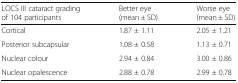
<table><thead><tr><td><b>LOCS III cataract grading of 104 participants</b></td><td><b>Better eye (mean ± SD)</b></td><td><b>Worse eye (mean ± SD)</b></td></tr></thead><tbody><tr><td>Cortical</td><td>1.87 ± 1.11</td><td>2.05 ± 1.21</td></tr><tr><td>Posterior subcapsular</td><td>1.08 ± 0.58</td><td>1.13 ± 0.71</td></tr><tr><td>Nuclear colour</td><td>2.94 ± 0.84</td><td>3.00 ± 0.86</td></tr><tr><td>Nuclear opalescence</td><td>2.88 ± 0.78</td><td>2.99 ± 0.78</td></tr></tbody></table>